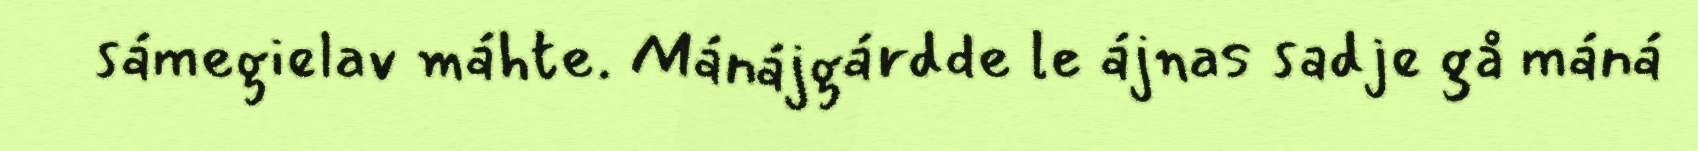
sámegielav máhte. Mánájgárdde le ájnas sadje gå máná